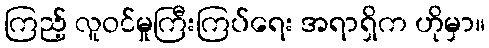
ကြည့် လူဝင်မှုကြီးကြပ်ရေး အရာရှိက ဟိုမှာ။